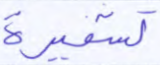
تشفيرة